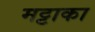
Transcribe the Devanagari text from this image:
मट्टाका